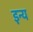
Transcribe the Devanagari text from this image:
इन्य